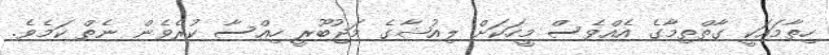
ހިތާމައަކީ ގާތްތިމާގެ އެއްވެސް މީހަކަށް ލިއުޝާގެ މަޖުބޫރީ ހިއްސާ ކުރެވެން ނެތް ކަމެވެ.